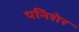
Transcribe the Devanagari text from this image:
पनिशेर